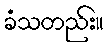
ခံသတည်း။